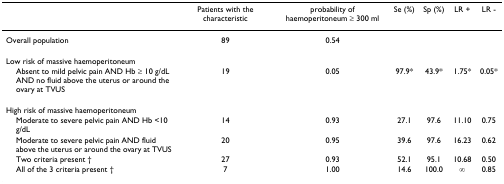
<table><thead><tr><td></td><td><b>Patients with the characteristic</b></td><td><b>probability of haemoperitoneum ≥ 300 ml</b></td><td><b>Se (%)</b></td><td><b>Sp (%)</b></td><td><b>LR +</b></td><td><b>LR -</b></td></tr></thead><tbody><tr><td>Overall population</td><td>89</td><td>0.54</td><td></td><td></td><td></td><td></td></tr><tr><td>Low risk of massive haemoperitoneum</td><td></td><td></td><td></td><td></td><td></td><td></td></tr><tr><td> Absent to mild pelvic pain AND Hb ≥ 10 g/dL AND no fluid above the uterus or around the ovary at TVUS</td><td>19</td><td>0.05</td><td>97.9*</td><td>43.9*</td><td>1.75*</td><td>0.05*</td></tr><tr><td>High risk of massive haemoperitoneum</td><td></td><td></td><td></td><td></td><td></td><td></td></tr><tr><td> Moderate to severe pelvic pain AND Hb &lt;10 g/dL</td><td>14</td><td>0.93</td><td>27.1</td><td>97.6</td><td>11.10</td><td>0.75</td></tr><tr><td> Moderate to severe pelvic pain AND fluid above the uterus or around the ovary at TVUS</td><td>20</td><td>0.95</td><td>39.6</td><td>97.6</td><td>16.23</td><td>0.62</td></tr><tr><td> Two criteria present †</td><td>27</td><td>0.93</td><td>52.1</td><td>95.1</td><td>10.68</td><td>0.50</td></tr><tr><td> All of the 3 criteria present †</td><td>7</td><td>1.00</td><td>14.6</td><td>100.0</td><td>∞</td><td>0.85</td></tr></tbody></table>